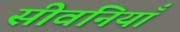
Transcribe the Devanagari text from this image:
सीवनियाँ